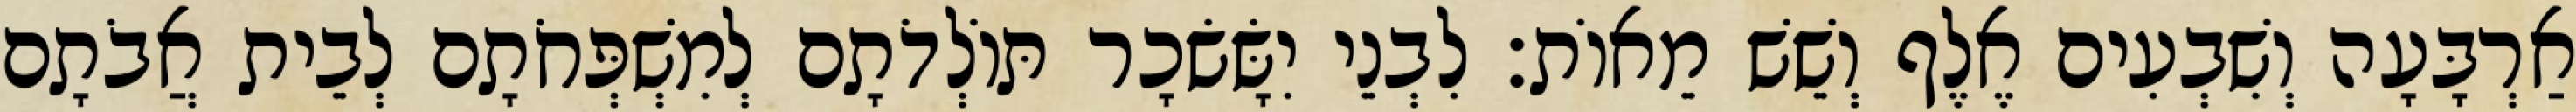
אַרְבָּעָה וְשִׁבְעִים אֶלֶף וְשֵׁשׁ מֵאוֹת׃ לִבְנֵי יִשָּׂשׂכָר תּוֹלְדֹתָם לְמִשְׁפְּחֹתָם לְבֵית אֲבֹתָם